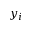
y _ { i }